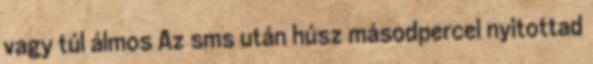
vagy túl álmos Az sms után húsz másodpercel nyitottad